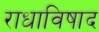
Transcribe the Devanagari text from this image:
राधाविषाद